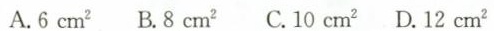
A.6cm^{2} B.8cm^{2} C.10cm^{2} D.12cm^{2}